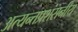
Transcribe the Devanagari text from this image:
अत्यन्तप्रशंसनीय